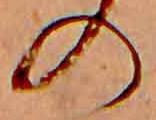
の